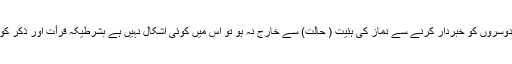
اگر آیات و اذکار پڑھتے وقت آواز بلند کر کے دوسروں کو خبردار کرنے سے نماز کی ہئیت ( حالت) سے خارج نہ ہو تو اس میں کوئی اشکال نہیں ہے بشرطیکہ قرأت اور ذکر کو ، قرأت و ذکر ہی کی نیت سے انجام دیا جائے۔